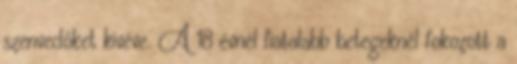
szenvedőket kivéve. A 18 évnél fiatalabb betegeknél fokozott a